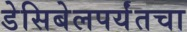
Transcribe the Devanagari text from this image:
डेसिबेलपर्यंतचा